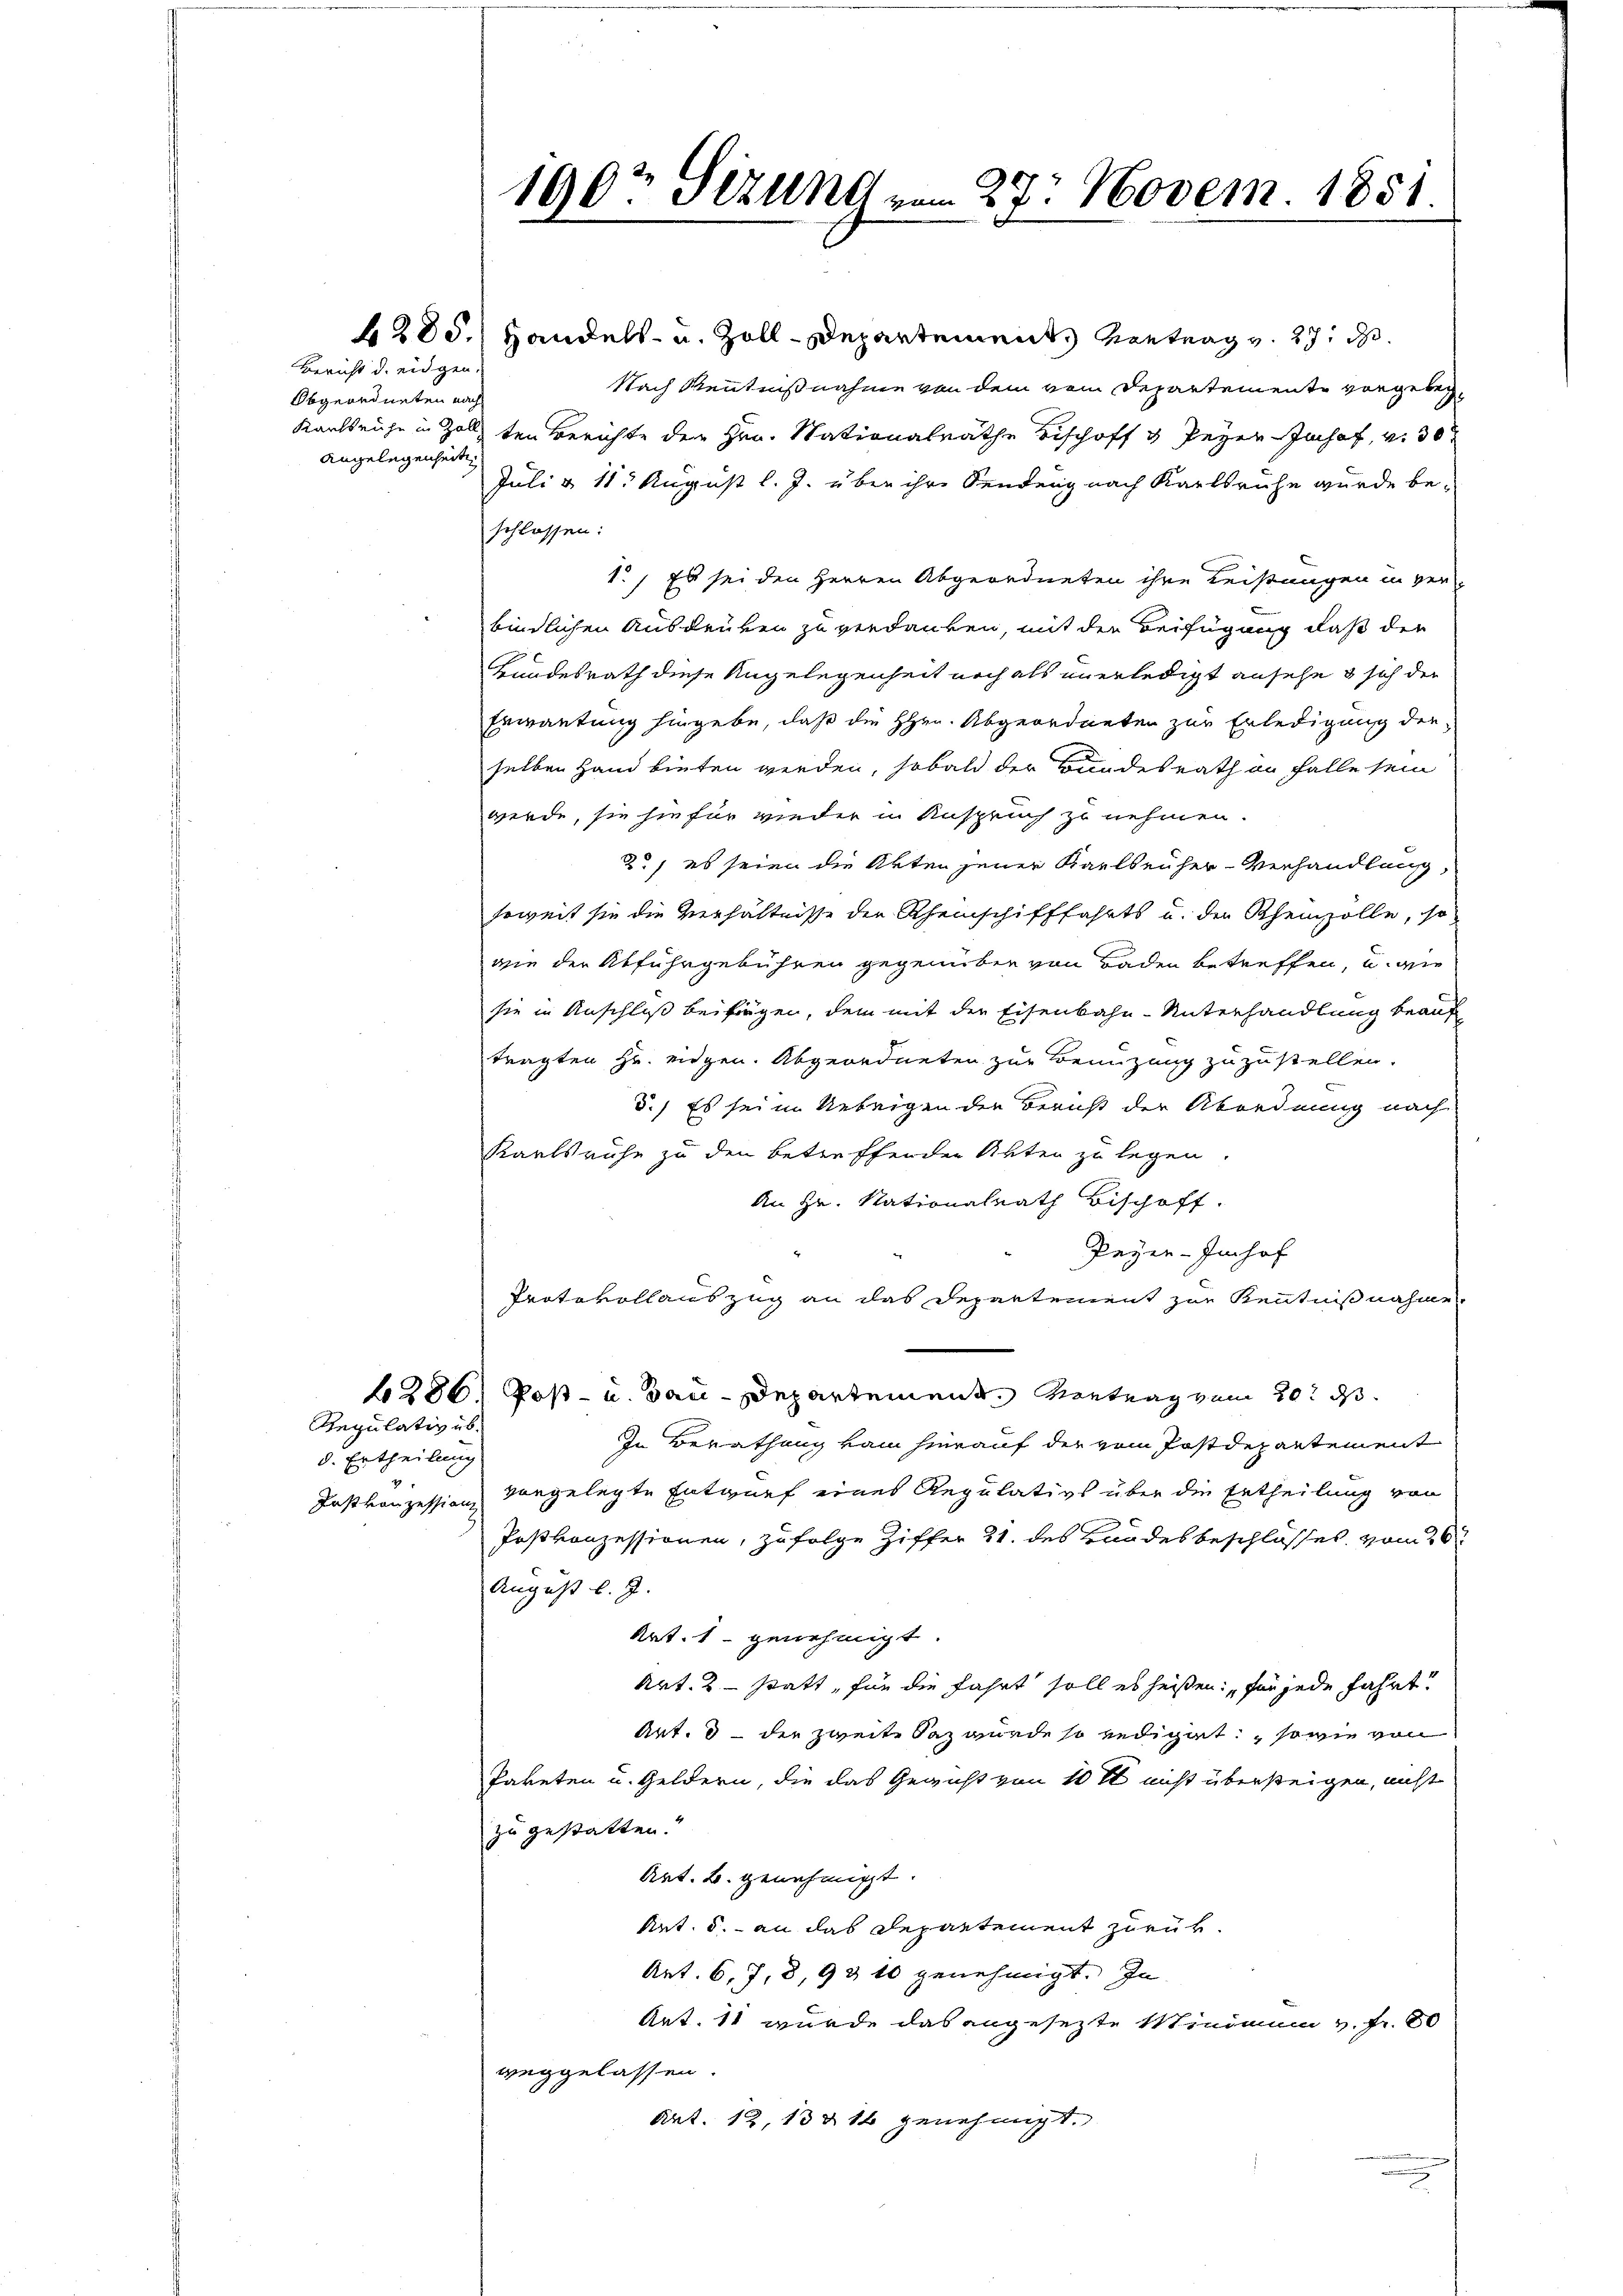
Bericht d. eidgen.
Abgeordneten nach
Angelegenheit

d. Ertheilung
4

Regulativ üb

4285.) Handels- u. Zoll-Departement Kontrag v. 27. ds.
Nach Kenntnißnahme von dem vom Departemente vorgeber¬
Karlsruhe in Zollten Berichte der Hrn. Nationalräthe Bischoff 3 Peyer Imhof, v. 30t
Juli & 115 August l. J. über ihre Sendung nach Karlsruhe wurde beschlossen:
1.) Es sei den Herren Abgeordneten ihre Leistungen in ver-
bindlichen Ausdrüken zu verdanken, mit der Beifügung, daß der
Gundesrath diese Angelegenheit noch als unerledigt ansehe sich der
Erwartung hingebe, daß die HHrn. Abgeordneten zur Erledigung der
selben Hand bieten werden, sobald der Sandesrath an Falle sein
werde, sie hiefür wieder in Anspruch zu nehmen.
2t, es seien die Akten jener Karlsruher-Verhandlung,
soweit sie die Verhältnisse der Rheinschifffahrts u. der Rheinzolle, so
wie der Abfuhrgebühren gegenüber von Baden betreffen, u. wie
sie in Anschluß beifügen, dem mit der Eisenbahn-Unterhandlung beauf
tragten Hr. eidgen. Abgeordneten zur Benuzung zuzustellen.
5.) Es sei in Uebrigen der Bericht der Abordnung nach
Karlsruhe zu den betreffenden Akten zu legen.
An Hr. Nationalrath Bischoff
Peyer- Imhof
Protokollauszug an das Departement zur Kenntnißnahme
286, Post- u. Bau-Departement. Vertrag vom 20t d.
In Berathung kam hierauf der vom Postdepartement
Jastkonzession vorgelegte Entwurf eines Regulativs über die Ertheilung von
Poskonzessionen, zufolge Ziffer 21. des Bandesbeschlosses vom 26t
August l. J.
Art. 1 genehmigt.
Art. 2 statt, für die fahrt soll es heißen: „für jede fahrt!
Art. 3 - die zweite daz wurde so rediget, sowie von
Paketen u. Geldern, die das Gewicht von 10 rl nicht übersteigen, nicht
zu gestatten.“
Art. B. genehmigt.
Art. 5. - an das Departement zurük¬
Art. 6, 7, 8, 93 10 genehmigt. In
Art. 11 wurde das angesezte Minimum v. fr. 80
weggelassen.
Art. 12, 13 & 14 genehmigt.

1907 Sizung vom 27. Novem. 1851.